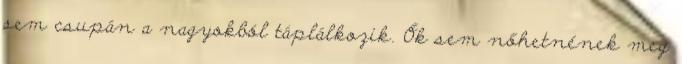
sem csupán a nagyokból táplálkozik. Ők sem nőhetnének meg